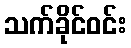
သက်ခိုင်ဝင်း